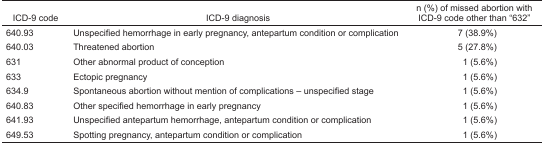
| ICD-9 code | ICD-9 diagnosis | n (%) of missed abortion with ICD-9 code other than “632” |
 | --- | --- | --- |
 | 640.93 | Unspecified hemorrhage in early pregnancy, antepartum condition or complication | 7 (38.9%) |
 | 640.03 | Threatened abortion | 5 (27.8%) |
 | 631 | Other abnormal product of conception | 1 (5.6%) |
 | 633 | Ectopic pregnancy | 1 (5.6%) |
 | 634.9 | Spontaneous abortion without mention of complications – unspecified stage | 1 (5.6%) |
 | 640.83 | Other specified hemorrhage in early pregnancy | 1 (5.6%) |
 | 641.93 | Unspecified antepartum hemorrhage, antepartum condition or complication | 1 (5.6%) |
 | 649.53 | Spotting pregnancy, antepartum condition or complication | 1 (5.6%) |